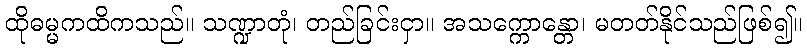
ထိုဓမ္မကထိကသည်။ သဏ္ဍာတုံ၊ တည်ခြင်းငှာ။ အသက္ကောန္တော၊ မတတ်နိုင်သည်ဖြစ်၍။